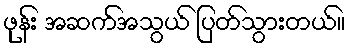
ဖုန်း အဆက်အသွယ် ပြတ်သွားတယ်။